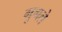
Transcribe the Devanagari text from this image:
गुगले